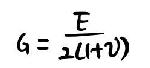
G=\frac{E}{2(1+\nu)}